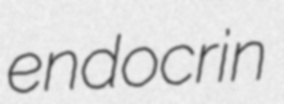
endocrin